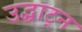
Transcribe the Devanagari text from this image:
उद्घाट्न